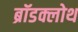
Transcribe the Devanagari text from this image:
ब्रॉडक्लोथ